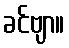
ခင်ဗျာ။